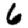
Digit: 6